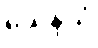
သေနိယံ